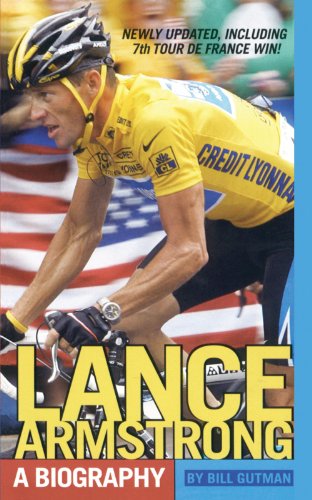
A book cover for Lance Armstrong: A Biography; Bill Gutman; Children's Books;